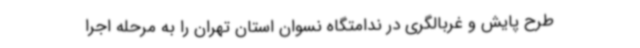
طرح پایش و غربالگری در ندامتگاه نسوان استان تهران را به مرحله اجرا